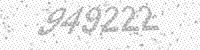
Solution: 949222